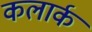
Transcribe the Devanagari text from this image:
कलार्क